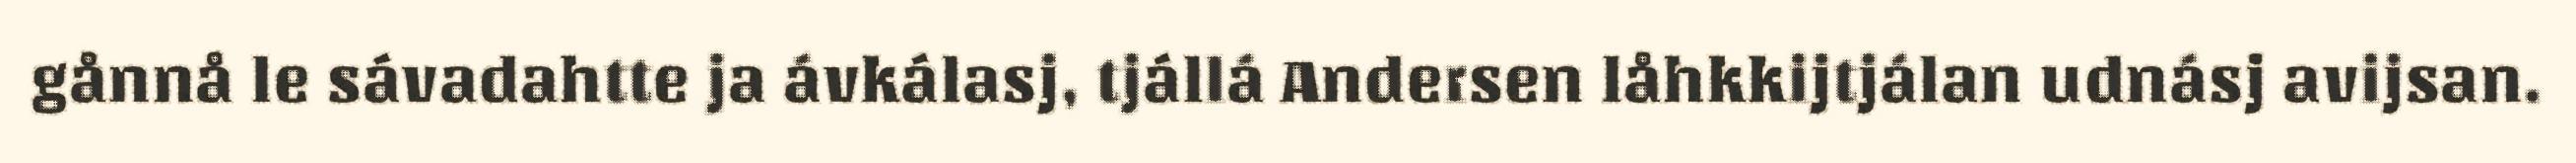
gånnå le sávadahtte ja ávkálasj, tjállá Andersen låhkkijtjálan udnásj avijsan.